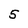
Character: 5